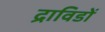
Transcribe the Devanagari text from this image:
द्राविडों